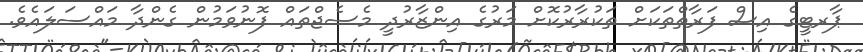
ޕާރޓީގެ އިސް ފަރާތްތަކަށް ތަކުރާރުކޮށް މަރުގެ އިންޒާރުދީ މެސެޖްތައް ފޮނުވަމުން ގެންދާ މައްސަލައެވެ.